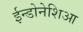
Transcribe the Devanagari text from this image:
ईन्डोनेशिआ